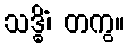
သဒ္ဓိံ၊ တကွ။